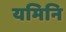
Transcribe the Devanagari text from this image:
यमिनि